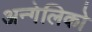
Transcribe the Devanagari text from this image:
अन्गेलिको